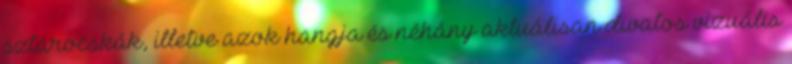
sztárocskák, illetve azok hangja és néhány aktuálisan divatos vizuális